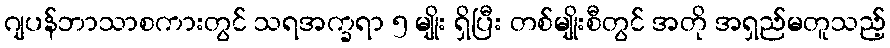
ဂျပန်ဘာသာစကားတွင် သရအက္ခရာ ၅ မျိုး ရှိပြီး တစ်မျိုးစီတွင် အတို အရှည်မတူသည့်